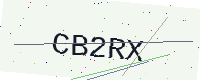
Text: CB2RX